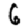
Digit: 6